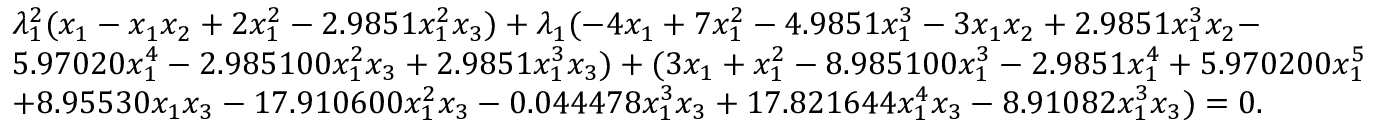
\begin{array} { r l } & { { \lambda } _ { 1 } ^ { 2 } ( { x } _ { 1 } - { x } _ { 1 } { x } _ { 2 } + 2 { x } _ { 1 } ^ { 2 } - 2 . 9 8 5 1 { x } _ { 1 } ^ { 2 } { x } _ { 3 } ) + { \lambda } _ { 1 } ( - 4 { x } _ { 1 } + 7 { x } _ { 1 } ^ { 2 } - 4 . 9 8 5 1 { x } _ { 1 } ^ { 3 } - 3 { x } _ { 1 } { x } _ { 2 } + 2 . 9 8 5 1 { x } _ { 1 } ^ { 3 } { x } _ { 2 } - } \\ & { 5 . 9 7 0 2 0 { x } _ { 1 } ^ { 4 } - 2 . 9 8 5 1 0 0 { x } _ { 1 } ^ { 2 } { x } _ { 3 } + 2 . 9 8 5 1 { x } _ { 1 } ^ { 3 } { x } _ { 3 } ) + ( 3 { x } _ { 1 } + { x } _ { 1 } ^ { 2 } - 8 . 9 8 5 1 0 0 { x } _ { 1 } ^ { 3 } - 2 . 9 8 5 1 { x } _ { 1 } ^ { 4 } + 5 . 9 7 0 2 0 0 { x } _ { 1 } ^ { 5 } } \\ & { + 8 . 9 5 5 3 0 { x } _ { 1 } { x } _ { 3 } - 1 7 . 9 1 0 6 0 0 { x } _ { 1 } ^ { 2 } { x } _ { 3 } - 0 . 0 4 4 4 7 8 { x } _ { 1 } ^ { 3 } { x } _ { 3 } + 1 7 . 8 2 1 6 4 4 { x } _ { 1 } ^ { 4 } { x } _ { 3 } - 8 . 9 1 0 8 2 { x } _ { 1 } ^ { 3 } { x } _ { 3 } ) = 0 . } \end{array}